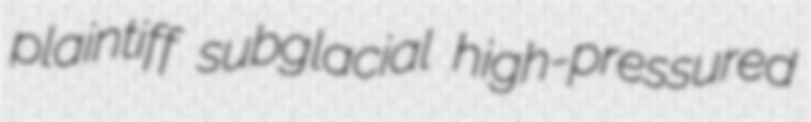
plaintiff subglacial high-pressured